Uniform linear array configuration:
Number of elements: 4
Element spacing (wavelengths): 1
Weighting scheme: binomial
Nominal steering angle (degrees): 0
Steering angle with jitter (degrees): -1.695
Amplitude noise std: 0.05
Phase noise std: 0.05

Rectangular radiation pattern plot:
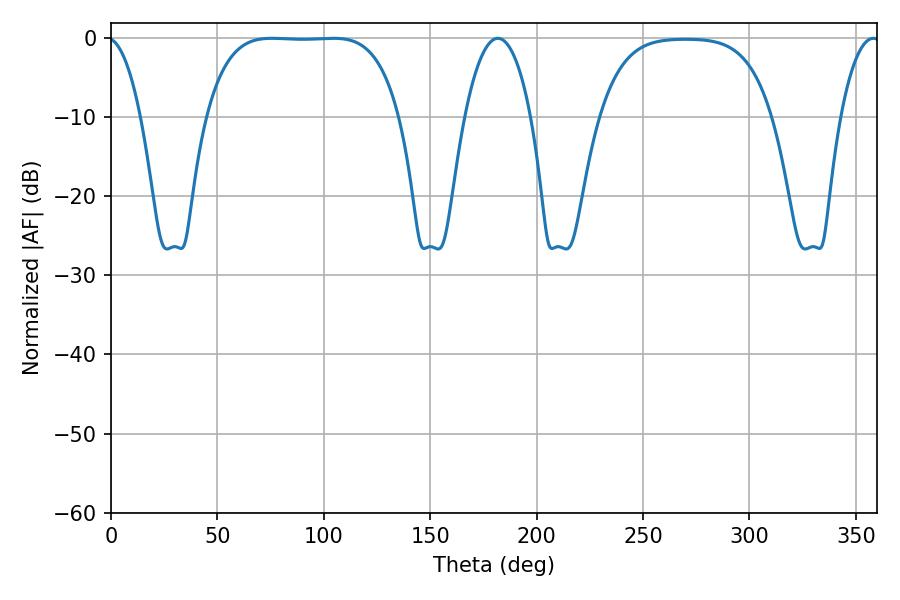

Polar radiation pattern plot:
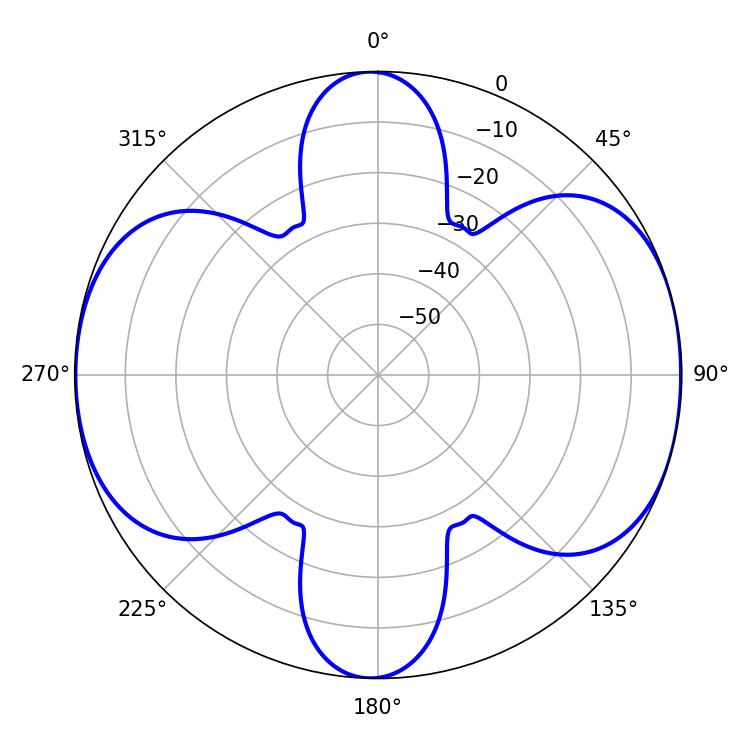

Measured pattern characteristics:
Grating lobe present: TRUE
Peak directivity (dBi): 10.052
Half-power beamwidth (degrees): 17.28
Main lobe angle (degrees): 181.8